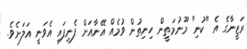
ރަޒީނާގެ އެ "ކުނި" މޫނުމަތީން ހިނިތުން ވުމެއް އޭނާއަށް ފެނިފައި އެވަނީ އަލަށެވެ.